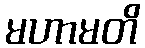
မဟာမတိ